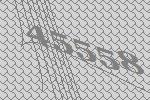
45558